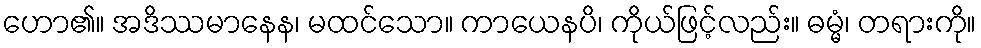
ဟော၏။ အဒိဿမာနေန၊ မထင်သော။ ကာယေနပိ၊ ကိုယ်ဖြင့်လည်း။ ဓမ္မံ၊ တရားကို။